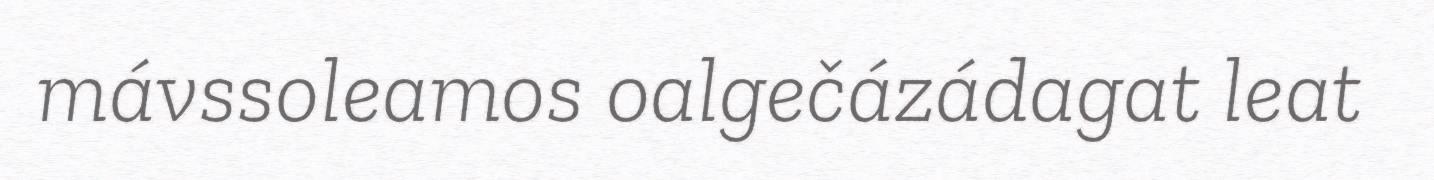
mávssoleamos oalgečázádagat leat